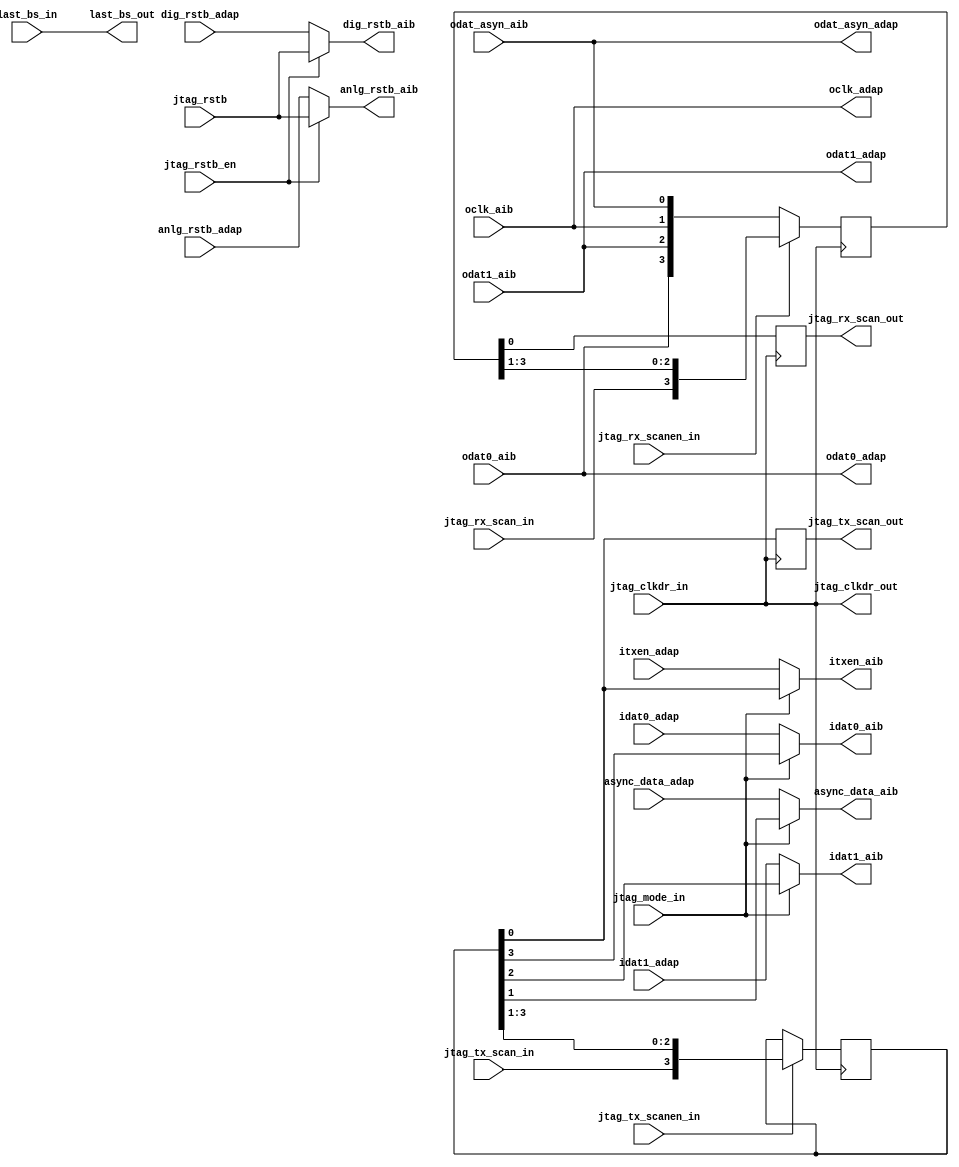
// This program was cloned from: https://github.com/intel/aib-phy-hardware
// License: Apache License 2.0

// SPDX-License-Identifier: Apache-2.0
// Copyright (C) 2019 Intel Corporation. All rights reserved


module aibnd_jtag_bscan (
   input   odat0_aib,		//sync data0 RX from AIB 
   input   odat1_aib,		//sync data1 RX from AIB 
   input   odat_asyn_aib,	//async data RX from AIB 
   input   oclk_aib,		//diff clk RX from AIB
   input   itxen_adap,		//OE TX from HSSI Adapter
   input   idat0_adap,		//SDR dat0 TX from HSSI Adapter
   input   idat1_adap,		//SDR dat1 TX from HSSI Adapter
   input   async_data_adap,	//async data TX from HSSI Adapter
   input   jtag_tx_scanen_in,	//JTAG shift DR, active high
   input   jtag_rx_scanen_in,	//JTAG shift DR, active high
   input   jtag_clkdr_in,	//JTAG boundary scan clock
   input   jtag_tx_scan_in,	//JTAG TX data scan in
   input   jtag_rx_scan_in,	//JTAG TX data scan in
   input   jtag_mode_in,		//JTAG mode select
   input   last_bs_in,    	//scan-out loopback feedthru back to SSM
   input   anlg_rstb_adap,		//IRSTB from Adaptor
   input   dig_rstb_adap,		//IRSTB from Adaptor
   input   jtag_rstb_en,	//reset_en from TAP
   input   jtag_rstb,		//reset signal from TAP

   output   jtag_clkdr_out,	//CLKDR to remaining BSR
   output   jtag_tx_scan_out,	//JTAG TX scan chain output
   output   jtag_rx_scan_out,	//JTAG TX scan chain output
//   output   jtag_tx_scanen_out, 
//   output   jtag_rx_scanen_out, 
   output   odat0_adap,		//sync data0 RX to HSSI Adapter
   output   odat1_adap,		//sync data1 RX to HSSI Adapter
   output   oclk_adap,		//sync data1 RX to HSSI Adapter
   output   odat_asyn_adap,	//async data RX to HSSI Adapter
   output   itxen_aib,		//OE TX to AIB
   output   idat0_aib,		//SDR dat0 TX to AIB
   output   idat1_aib,		//SDR dat1 TX to AIB
   output   async_data_aib,	//async data TX to AIB
   output   anlg_rstb_aib,		//irstb to AIB
   output   dig_rstb_aib,		//irstb to AIB
//   output   tx_clk,
//   output   rx_clk,
   output   last_bs_out		//scan-out loopback feedthru back to SSM
//   output   weakpu,		//Weak Pull-up control for leakage test to AIB
//   output   weakpdn		//Weak Pull-down control for leakage test to AIB
//   output   jtag_bsdout	//Replaced with separate TX and RX Scan out

);

reg [3:0]   tx_reg;
reg [3:0]   rx_reg;
reg tx_nreg;
reg rx_nreg;
//wire   tx_clk;  
//wire   tx_clk;  
wire [3:0]   tx_shift;  
wire [3:0]   rx_shift;  

assign jtag_rx_scan_out = rx_nreg;
assign jtag_tx_scan_out = tx_nreg;
assign idat0_aib = (jtag_mode_in)? tx_reg[3] : idat0_adap;
assign idat1_aib = (jtag_mode_in)? tx_reg[2] : idat1_adap;
assign async_data_aib = (jtag_mode_in)? tx_reg[1] : async_data_adap;
assign itxen_aib = (jtag_mode_in)? tx_reg[0] : itxen_adap;
assign odat0_adap = odat0_aib;
assign odat1_adap = odat1_aib;
assign oclk_adap = oclk_aib;
assign odat_asyn_adap = odat_asyn_aib;
assign last_bs_out = last_bs_in;
//assign jtag_tx_scanen_out = jtag_tx_scanen_in;
//assign jtag_rx_scanen_out = jtag_rx_scanen_in;
assign anlg_rstb_aib = (jtag_rstb_en)? jtag_rstb : anlg_rstb_adap;
assign dig_rstb_aib = (jtag_rstb_en)? jtag_rstb : dig_rstb_adap;
//assign jtag_loopbacken_out = jtag_loopbacken_in;
//assign jtag_mode_out = jtag_mode_in;

assign jtag_clkdr_out = jtag_clkdr_in;

//assign tx_clk = ( burst_en )? pma_ref_clk : jtag_clkdr_in;	//Need to force tools to use CKMUX for this CLK Muxing to prevent glitch
//assign rx_clk = ( jtag_loopbacken_in )? tx_clk : istrbclk_aib;	//Need to force tools to use CKMUX for this CLK Muxing to prevent glitch
//assign ilaunch_clk_aib = ( jtag_mode_in )? tx_clk : ilaunch_clk_adap;	//Need to force tools to use CKMUX for this CLK Muxing to prevent glitch

assign tx_shift = (jtag_tx_scanen_in) ? {jtag_tx_scan_in,tx_reg[3:1]} : tx_reg; 

//always @( posedge tx_clk )
always @( posedge jtag_clkdr_in )
begin
	tx_reg <= #1 tx_shift;
end

//always @( negedge tx_clk )
always @( negedge jtag_clkdr_in )
begin
	tx_nreg <= tx_reg[0];
end

assign rx_shift = (jtag_rx_scanen_in) ? {jtag_rx_scan_in,rx_reg[3:1]} : {odat0_aib,odat1_aib,oclk_aib,odat_asyn_aib}; 

//always @( posedge rx_clk )
always @( posedge jtag_clkdr_in )
begin
	rx_reg <= rx_shift;
end

//always @ ( negedge rx_clk )
always @ ( negedge jtag_clkdr_in )
begin 
   rx_nreg <= rx_reg[0];
end

endmodule